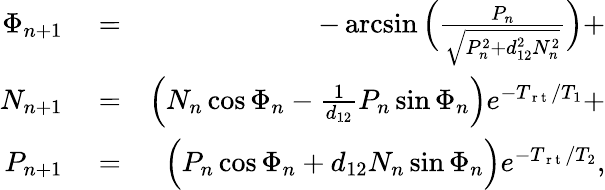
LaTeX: \begin{array}{rlr}{\Phi_{n+1}}&{{}=}&{-\arcsin\Big(\frac{P_{n}}{\sqrt{P_{n}^{2}+d_{12}^{2}N_{n}^{2}}}\Big)+}\\ {N_{n+1}}&{{}=}&{\Big(N_{n}\cos\Phi_{n}-\frac{1}{d_{12}}P_{n}\sin\Phi_{n}\Big)e^{-T_{\mathrm{~r~t~}}/T_{1}}+}\\ {P_{n+1}}&{{}=}&{\Big(P_{n}\cos\Phi_{n}+d_{12}N_{n}\sin\Phi_{n}\Big)e^{-T_{\mathrm{~r~t~}}/T_{2}},}\end{array}